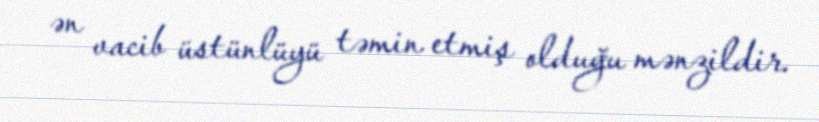
ən vacib üstünlüyü təmin etmiş olduğu mənzildir.